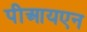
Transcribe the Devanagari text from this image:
पीआयएन